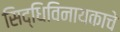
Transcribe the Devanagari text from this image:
सिद्धिविनायकाचे